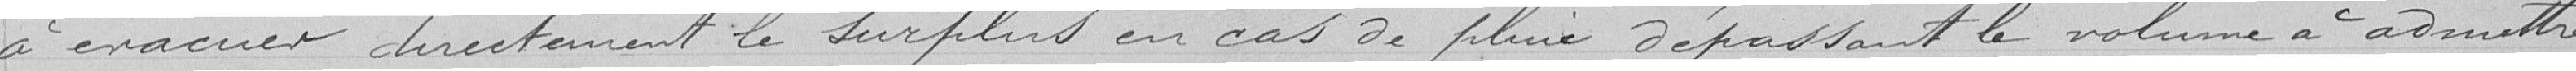
à évacuer directement le surplus en cas de pluie dépassant le volume à admettre